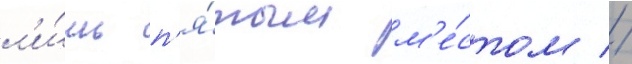
л'и́шь п'я́тым м'е́стом //